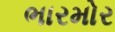
ભારમોર